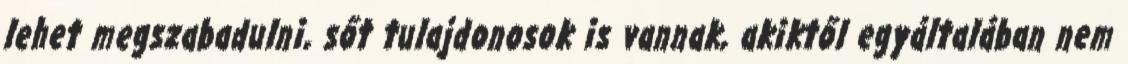
lehet megszabadulni, sőt tulajdonosok is vannak, akiktől egyáltalában nem